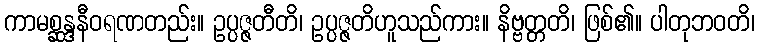
ကာမစ္ဆန္ဒနီဝရဏတည်း။ ဥပ္ပဇ္ဇတီတိ၊ ဥပ္ပဇ္ဇတိဟူသည်ကား။ နိဗ္ဗတ္တတိ၊ ဖြစ်၏။ ပါတုဘဝတိ၊